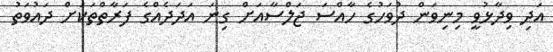
އަދި ވިދާޅުވީ މިނިވަން ދުވަހުގެ ހާއްސަ ޖަލްސާއަށް ގިނަ އަދަދެއްގެ ފަރާތްތަކަށް ދައުވަތު